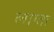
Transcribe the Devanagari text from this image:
लाग्ता